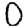
Digit: 0